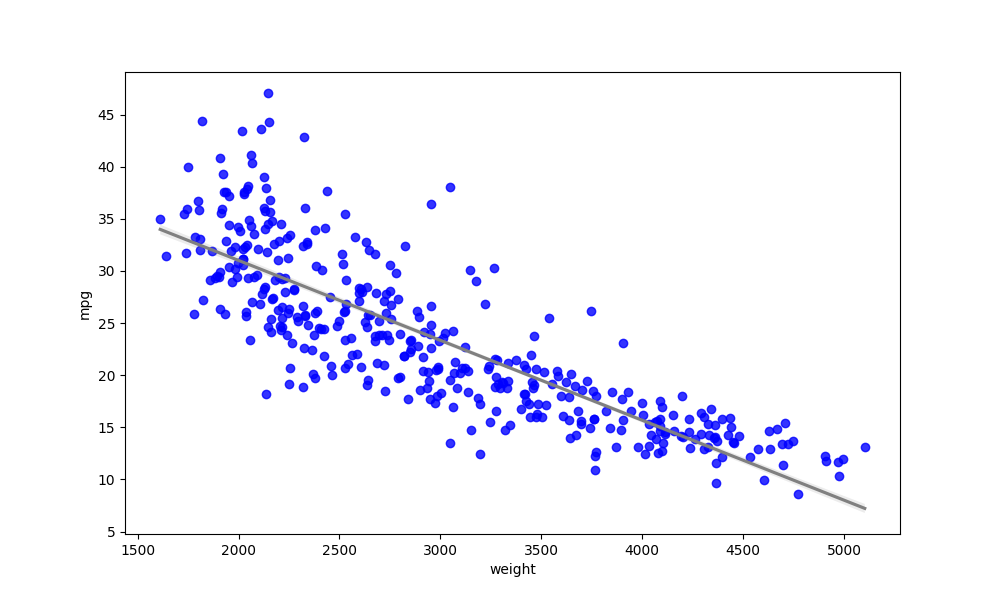
python, seaborn, regplot, order=1, ci=68, scatter_color=blue, line_color=gray